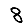
Digit: 8